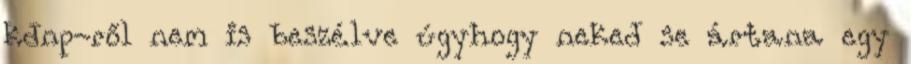
kdnp-ről nem is beszélve úgyhogy neked se ártana egy